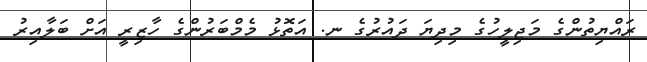
ރައްޔިތުންގެ މަޖިލީހުގެ މިދިޔަ ދައުރުގެ ނ. އަތޮޅު މެމްބަރުންގެ ހާޒިރީ އަށް ބަލާއިރު